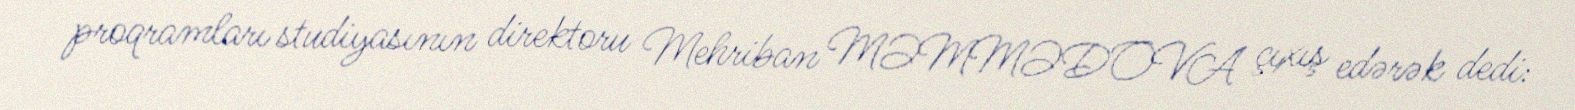
proqramları studiyasının direktoru Mehriban MƏMMƏDOVA çıxış edərək dedi: